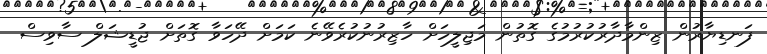
ފަނޑިޔާރުން ޒިންމާދާރުކުރުމުގެ ގޮތުން މަޖިލީހަށް ހާޒިރުނުކުރެވޭނެ ކަމަށް ދޭހަވާ ގޮތަށް ޖުޑީޝަލް ސާވިސް